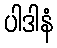
ပါဒါနံ